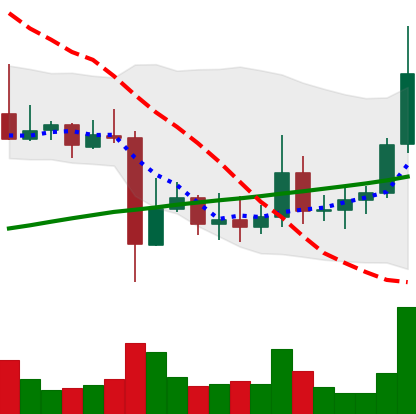
Ticker: ADA-USD
Chart end date: 2021-11-09
Forward return: -10.232%
Label: down_7plus